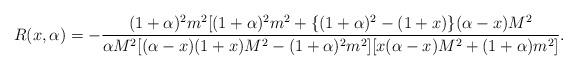
LaTeX: \begin{align*}R(x,\alpha) = - \frac{(1+\alpha)^2m^2[(1+\alpha)^2m^2+\{(1+\alpha)^2-(1+x)\}(\alpha-x)M^2}{\alpha M^2[(\alpha-x)(1+x)M^2-(1+\alpha)^2m^2][x(\alpha-x)M^2 + (1+\alpha)m^2]}. \end{align*}